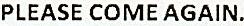
PLEASE COME AGAIN.